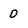
Character: D